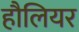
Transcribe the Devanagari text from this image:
हौलियर